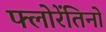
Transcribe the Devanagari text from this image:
फ्लोरेंतिनो